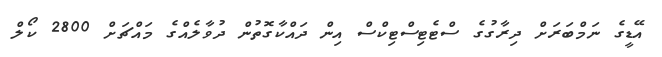
އޭޑީގެ ނަމްބަރަށް ދިރާގުގެ ސްޓެޓިސްޓިކްސް އިން ދައްކާގޮތުން ދުވާލެއްގެ މައްޗަށް 2800 ކޯލް